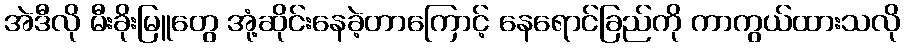
အဲဒီလို မီးခိုးမြူတွေ အုံ့ဆိုင်းနေခဲ့တာကြောင့် နေရောင်ခြည်ကို ကာကွယ်ထားသလို